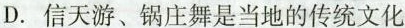
D.信天游、锅庄舞是当地的传统文化